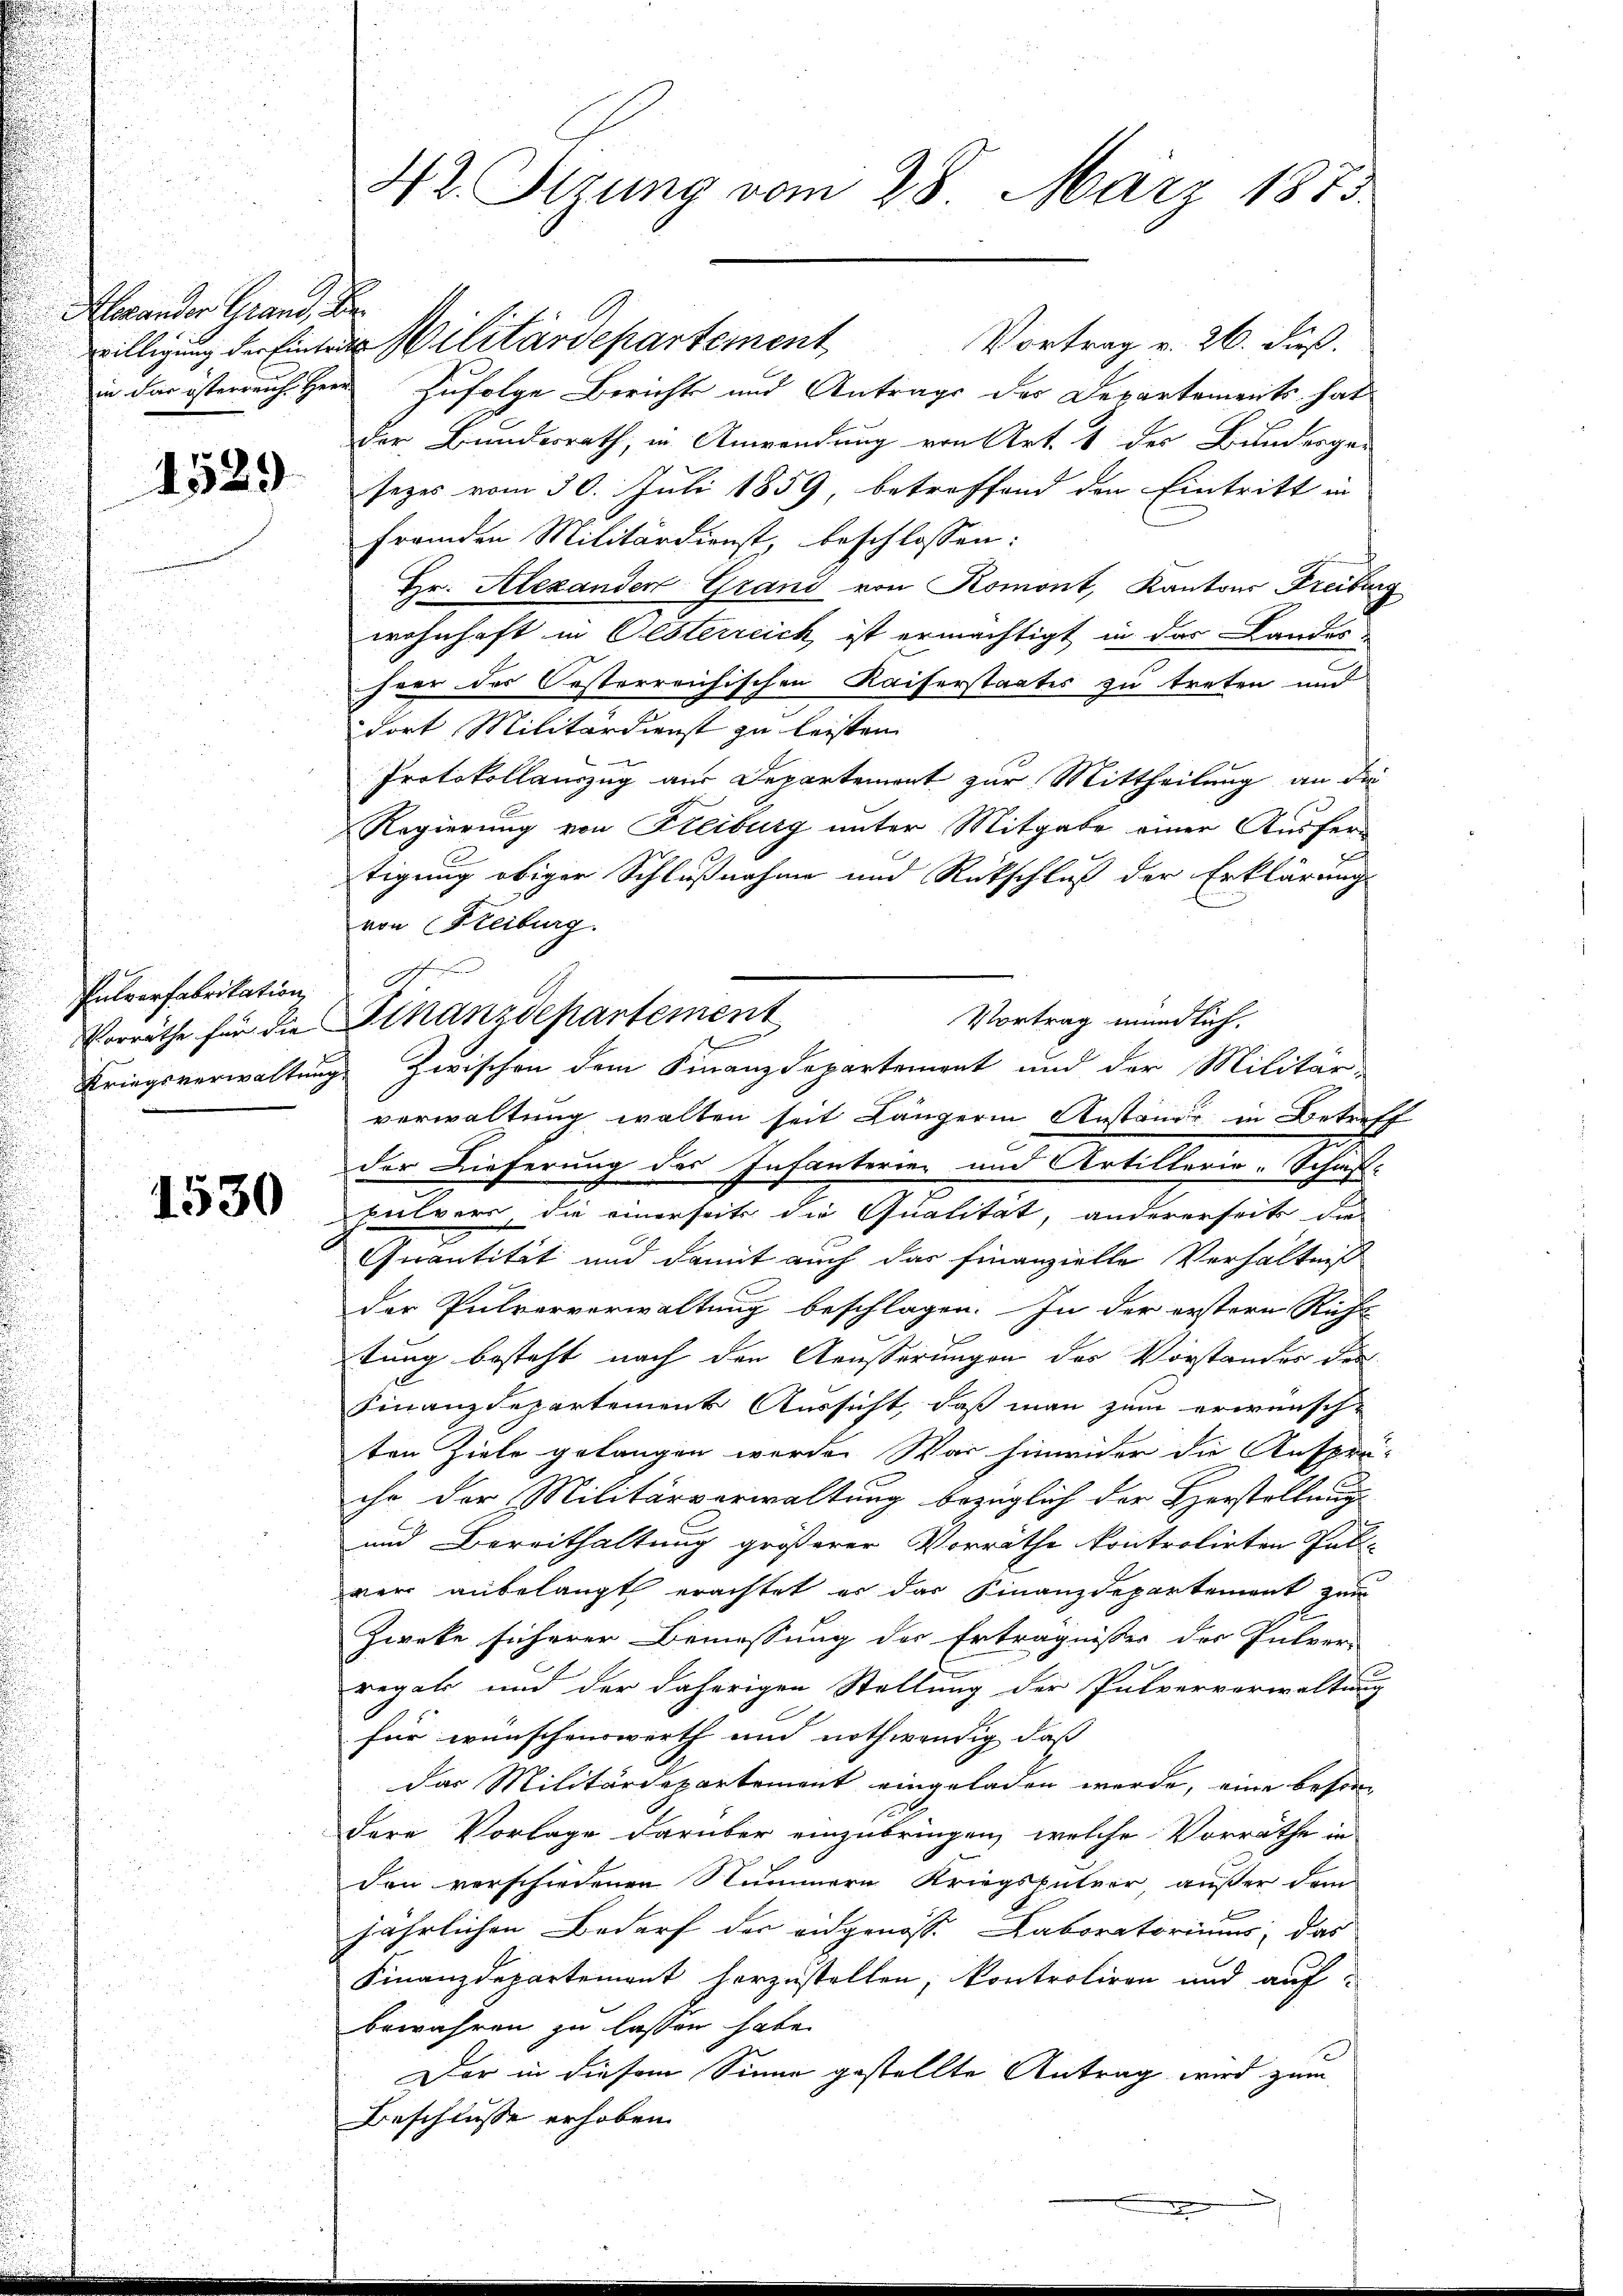
Hexander Grand, der

1529

Pulverfabritation,

1530

in das österreich Herr Zufolge Berichts und Antrags der Departements hat
der Bundesrath, in Anwendung von Art. 1 der Bundesge-
sezes vom 30. Juli 1859, betreffend den Eintritt in
fremden Militärdienst, beschlossen:
Hr. Alexanden Grand von Romont, Kantons Freiburg
wohnhaft in Gesterreich ist ermächtigt in das Lander
heer des Oesterreichischen Kaiserstaates zu treten und
dort Militärdienst zu leisten.
Protokollauszug aus Departement zur Mittheilung an die
Regierung von Freiburg unter Mitgabe einer Ausfertigung obiger Schlußnahme und Rückschluß der Erklärung
von Reiburg.
Vortrag mündlich.
Kriegsverwaltung zwischen dem Finanzdepartement und der Militär-
verwaltung walten seit Längerin Anstande in Betreff
der Lieferung der Infanterien und Artillario. Schifbulvers die einerseits die Qualität, andererseits die
Quantität und damit auch das finanzielle Verhältniß
der Pulvervorwaltung beschlagen. In der erstern Richt
tung besteht nach den Aeusserungen der Vorstandes des
Finanzdepartement Aussicht, daß man zum erwünsch-
ten Ziele gelangen werde. War hinwider die Ansprä-
chr der Militärverwaltung bezüglich der Herstellung
und Bereithaltung größerer Vorräthe kontrolirten Publ
wer anbelangt erachtet er das Finanzdepartement zum
Zweke sicherer Bemessung der Erträgnisses des Intver-
regate und der daherigen Stellung der Pulververwaltung
für wünschenswerth und nothwendig daß
das Militärdepartement eingeladen werde, eine besor
dere Vorlage darüber einzubringen, welche Vorräthe in
den verschiedenen Nummern Kriegspüleer, außer dem
jährlichen Bedarf der angenosse Laboratoriums, das
Finanzdepartement herzustellen, kontroliren und auf
bewahren zu lassen habe.
Dor in diesem Sinne gestellte Antrag wird zum
Beschlüsse erhoben.

42. Serung vom 28. März 1873.

h
Vorräthe für die Finanzdepartement

willigung der Einter Militärdepartement Vortrag v. 26. dieß.